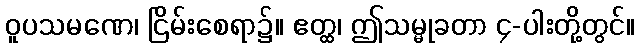
ဝူပသမဏေ၊ ငြိမ်းစေရာ၌။ ဧတ္ထ၊ ဤသမ္မုခတာ ၄-ပါးတို့တွင်။